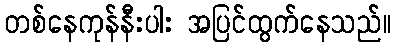
တစ်နေကုန်နီးပါး အပြင်ထွက်နေသည်။